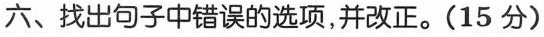
六、找出句子中错误的选项，并改正。(15 分)